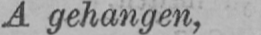
A gehangen,